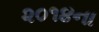
૨૦૧૪ના